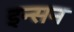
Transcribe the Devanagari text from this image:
इन्सन